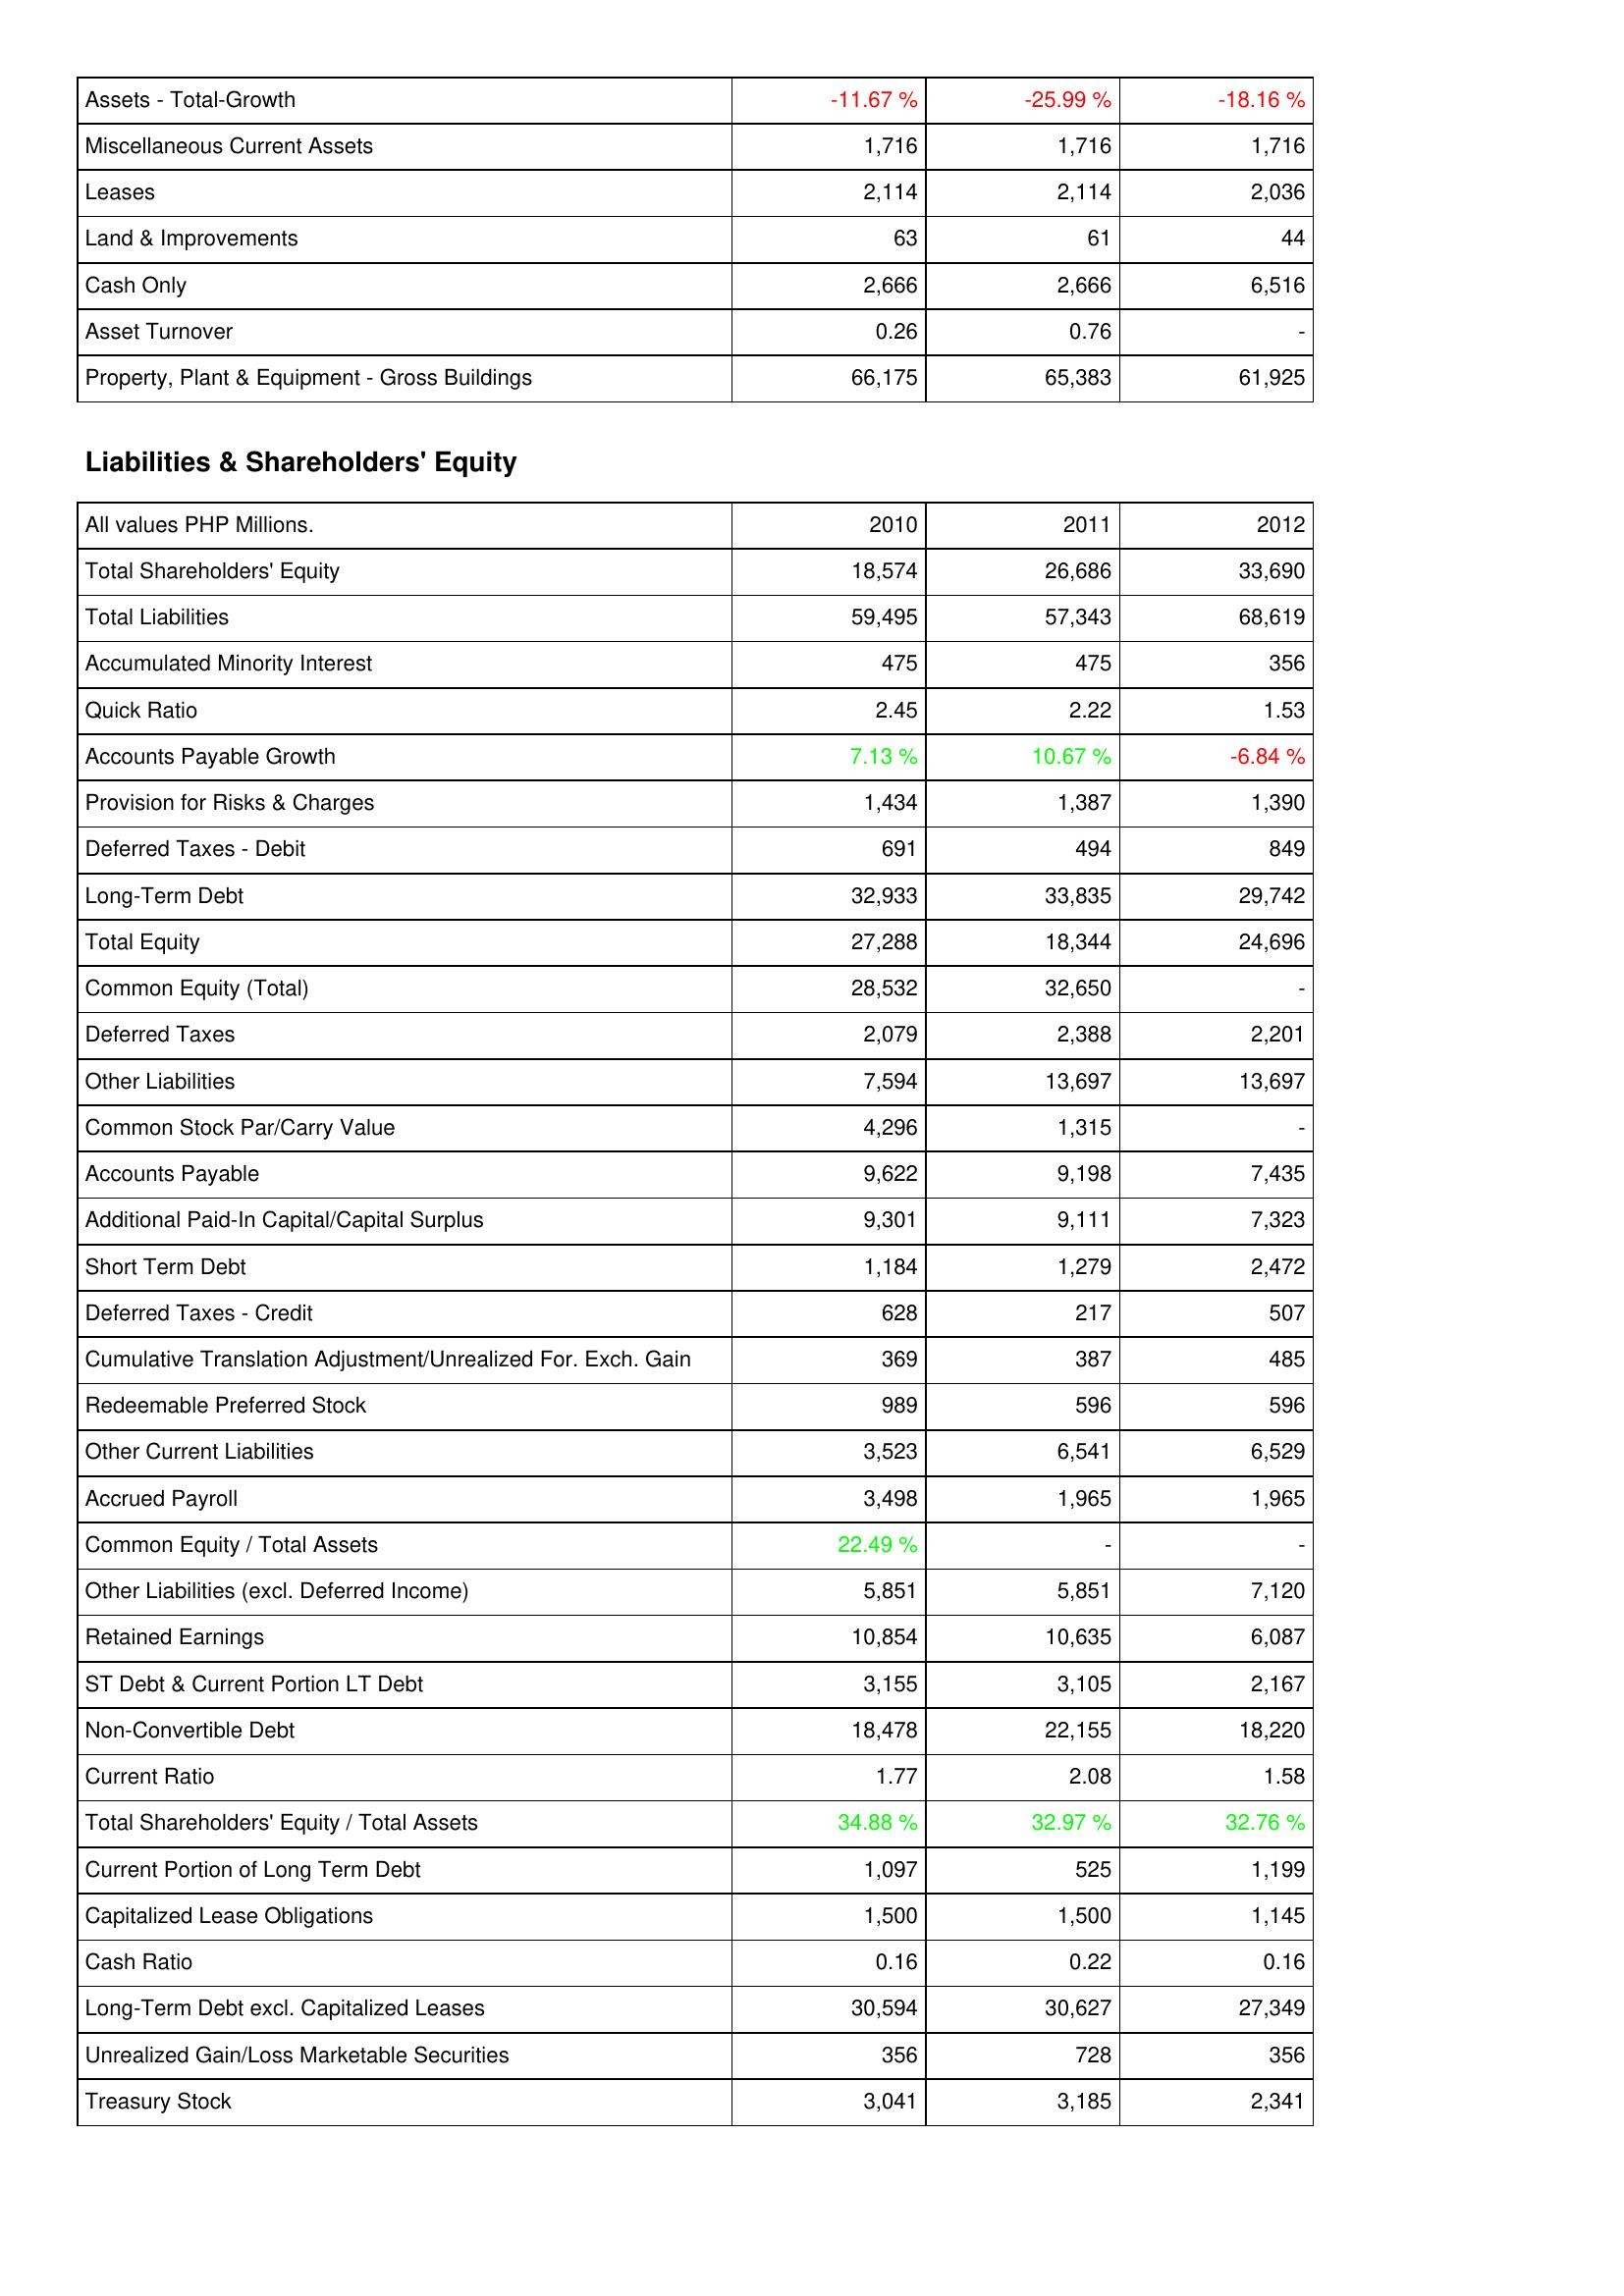
2010: Assets: Assets - Total-Growth: -11.67 %
Miscellaneous Current Assets: 1,716
Leases: 2,114
Land & Improvements: 63
Cash Only: 2,666
Asset Turnover: 0.26
Property, Plant & Equipment - Gross Buildings: 66,175
Liabilities & Shareholders' Equity: Total Shareholders' Equity: 18,574
Total Liabilities: 59,495
Accumulated Minority Interest: 475
Quick Ratio: 2.45
Accounts Payable Growth: 7.13 %
Provision for Risks & Charges: 1,434
Deferred Taxes - Debit: 691
Long-Term Debt: 32,933
Total Equity: 27,288
Common Equity (Total): 28,532
Deferred Taxes: 2,079
Other Liabilities: 7,594
Common Stock Par/Carry Value: 4,296
Accounts Payable: 9,622
Additional Paid-In Capital/Capital Surplus: 9,301
Short Term Debt: 1,184
Deferred Taxes - Credit: 628
Cumulative Translation Adjustment/Unrealized For. Exch. Gain: 369
Redeemable Preferred Stock: 989
Other Current Liabilities: 3,523
Accrued Payroll: 3,498
Common Equity / Total Assets: 22.49 %
Other Liabilities (excl. Deferred Income): 5,851
Retained Earnings: 10,854
ST Debt & Current Portion LT Debt: 3,155
Non-Convertible Debt: 18,478
Current Ratio: 1.77
Total Shareholders' Equity / Total Assets: 34.88 %
Current Portion of Long Term Debt: 1,097
Capitalized Lease Obligations: 1,500
Cash Ratio: 0.16
Long-Term Debt excl. Capitalized Leases: 30,594
Unrealized Gain/Loss Marketable Securities: 356
Treasury Stock: 3,041
2011: Assets: Assets - Total-Growth: -25.99 %
Miscellaneous Current Assets: 1,716
Leases: 2,114
Land & Improvements: 61
Cash Only: 2,666
Asset Turnover: 0.76
Property, Plant & Equipment - Gross Buildings: 65,383
Liabilities & Shareholders' Equity: Total Shareholders' Equity: 26,686
Total Liabilities: 57,343
Accumulated Minority Interest: 475
Quick Ratio: 2.22
Accounts Payable Growth: 10.67 %
Provision for Risks & Charges: 1,387
Deferred Taxes - Debit: 494
Long-Term Debt: 33,835
Total Equity: 18,344
Common Equity (Total): 32,650
Deferred Taxes: 2,388
Other Liabilities: 13,697
Common Stock Par/Carry Value: 1,315
Accounts Payable: 9,198
Additional Paid-In Capital/Capital Surplus: 9,111
Short Term Debt: 1,279
Deferred Taxes - Credit: 217
Cumulative Translation Adjustment/Unrealized For. Exch. Gain: 387
Redeemable Preferred Stock: 596
Other Current Liabilities: 6,541
Accrued Payroll: 1,965
Common Equity / Total Assets: -
Other Liabilities (excl. Deferred Income): 5,851
Retained Earnings: 10,635
ST Debt & Current Portion LT Debt: 3,105
Non-Convertible Debt: 22,155
Current Ratio: 2.08
Total Shareholders' Equity / Total Assets: 32.97 %
Current Portion of Long Term Debt: 525
Capitalized Lease Obligations: 1,500
Cash Ratio: 0.22
Long-Term Debt excl. Capitalized Leases: 30,627
Unrealized Gain/Loss Marketable Securities: 728
Treasury Stock: 3,185
2012: Assets: Assets - Total-Growth: -18.16 %
Miscellaneous Current Assets: 1,716
Leases: 2,036
Land & Improvements: 44
Cash Only: 6,516
Asset Turnover: -
Property, Plant & Equipment - Gross Buildings: 61,925
Liabilities & Shareholders' Equity: Total Shareholders' Equity: 33,690
Total Liabilities: 68,619
Accumulated Minority Interest: 356
Quick Ratio: 1.53
Accounts Payable Growth: -6.84 %
Provision for Risks & Charges: 1,390
Deferred Taxes - Debit: 849
Long-Term Debt: 29,742
Total Equity: 24,696
Common Equity (Total): -
Deferred Taxes: 2,201
Other Liabilities: 13,697
Common Stock Par/Carry Value: -
Accounts Payable: 7,435
Additional Paid-In Capital/Capital Surplus: 7,323
Short Term Debt: 2,472
Deferred Taxes - Credit: 507
Cumulative Translation Adjustment/Unrealized For. Exch. Gain: 485
Redeemable Preferred Stock: 596
Other Current Liabilities: 6,529
Accrued Payroll: 1,965
Common Equity / Total Assets: -
Other Liabilities (excl. Deferred Income): 7,120
Retained Earnings: 6,087
ST Debt & Current Portion LT Debt: 2,167
Non-Convertible Debt: 18,220
Current Ratio: 1.58
Total Shareholders' Equity / Total Assets: 32.76 %
Current Portion of Long Term Debt: 1,199
Capitalized Lease Obligations: 1,145
Cash Ratio: 0.16
Long-Term Debt excl. Capitalized Leases: 27,349
Unrealized Gain/Loss Marketable Securities: 356
Treasury Stock: 2,341